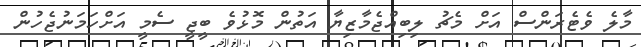
މާލެ ވެޓެރަންސް އަށް މެޗު ލިބިއްޖެމާޒިޔާ އަތުން މޮޅުވެ ބީޖީ ސެމީ އަށްހަމަނުޖެހުން